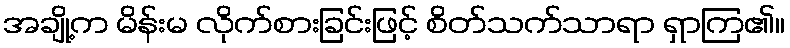
အချို့က မိန်းမ လိုက်စားခြင်းဖြင့် စိတ်သက်သာရာ ရှာကြ၏။